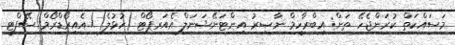
މަސައްކަތް ކުރަންޖެހޭ ތަން: އިބްރާހީމް ނާޞިރު އިންޓަނޭޝަނަލް އެއަރޕޯޓް (ހުޅުލެ)/ އެއިރޯޑްރޯމް ސޭފްޓީ